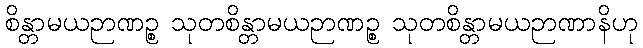
စိန္တာမယဉာဏဉ္စ သုတစိန္တာမယဉာဏဉ္စ သုတစိန္တာမယဉာဏာနိဟု